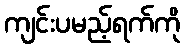
ကျင်းပမည့်ရက်ကို